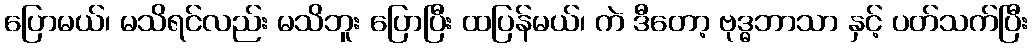
ပြောမယ်၊ မသိရင်လည်း မသိဘူး ပြောပြီး ထပြန်မယ်၊ ကဲ ဒီတော့ ဗုဒ္ဓဘာသာ နှင့် ပတ်သက်ပြီး